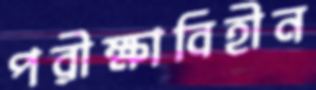
পরীক্ষাবিহীন